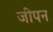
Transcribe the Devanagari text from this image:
जीपन